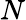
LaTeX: {\mathbf{}}N